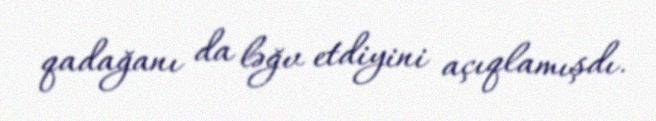
qadağanı da ləğv etdiyini açıqlamışdı.